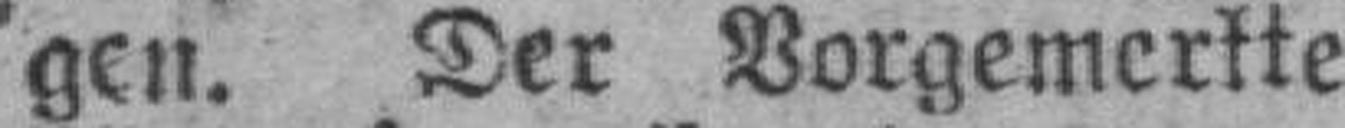
gen. Der Vorgemerkte